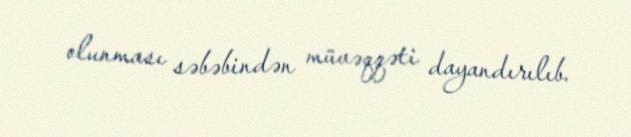
olunması səbəbindən müvəqqəti dayandırılıb.